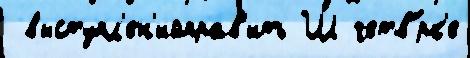
 выступл'ен'ийправ'ить Ш четв'́рк'е